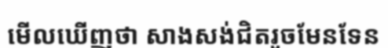
មើលឃើញថា សាងសង់ជិតរួចមែនទែន